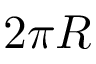
2 \pi R